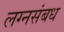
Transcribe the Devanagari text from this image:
लग्नसंबध